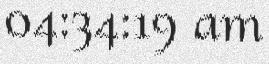
04:34:19 am